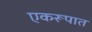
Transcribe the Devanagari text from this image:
एकरूपात